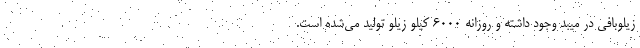
زیلوبافی در میبد وجود داشته و روزانه ۶۰۰۰ کیلو زیلو تولید می‌شده است.